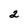
Character: 2